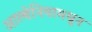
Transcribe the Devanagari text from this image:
आल्बेनियामधून